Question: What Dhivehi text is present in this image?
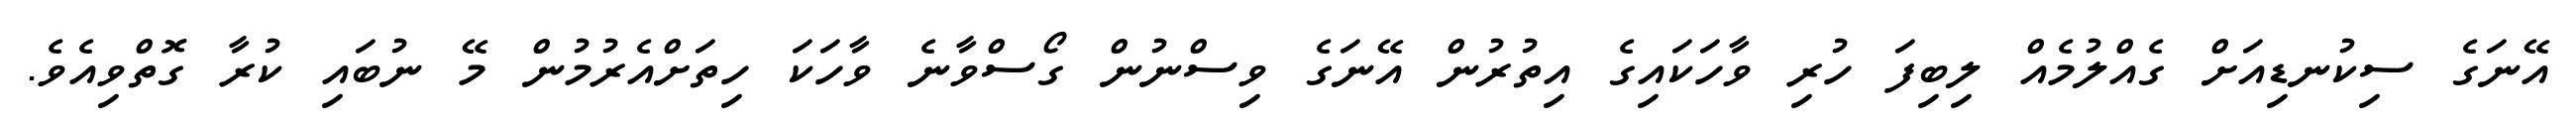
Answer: އޭނަގެ ސިކުނޑިއަށް ގެއްލުމެއް ލިބިފަ ހުރި ވާހަކައިގެ އިތުރުން އޭނަގެ ވިސްނުން ގޯސްވާނެ ވާހަކަ ހިތަށްއެރުމުން މޭ ނުބައި ކުރާ ގޮތްވިއެވެ.